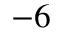
^ { - 6 }